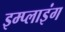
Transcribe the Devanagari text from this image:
इम्प्‍लाइंग